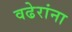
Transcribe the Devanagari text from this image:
वढेरांना